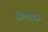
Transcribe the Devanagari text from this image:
झिलानि